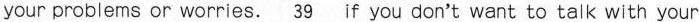
your problems or worries.\underline{39} if you don't want to talk with your